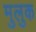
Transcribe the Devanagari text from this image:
मुलुक